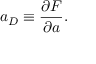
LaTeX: a _ { D } \equiv \frac { \partial { \cal F } } { \partial a } .